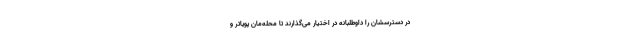
در دسترسشان را داوطلبانه در اختیار می‌گذارند تا محله‌مان پویاتر و